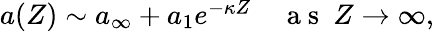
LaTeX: \begin{array}{r}{a(Z)\sim a_{\infty}+a_{1}e^{-\kappa Z}\quad\mathrm{~a~s~}\ Z\to\infty,}\end{array}